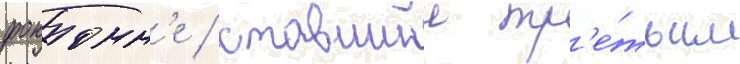
фоконн'е / ставшии тр'е́тьим